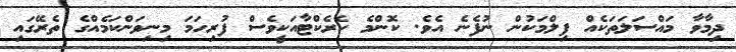
ދިމާވާ މައްސަލަތަކެއް ފިލްމަކުން ނުފެނެ އެވެ. ކޮންމެ ކެރެކްޓާއަކީވެސް ފުރިހަމަ މިނިވަންކަމެއްގެ ތެރޭގައި